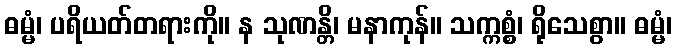
ဓမ္မံ၊ ပရိယတ်တရားကို။ န သုဏန္တိ၊ မနာကုန်။ သက္ကစ္စံ၊ ရိုသေစွာ။ ဓမ္မံ၊